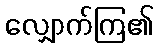
လျှောက်ကြ၏